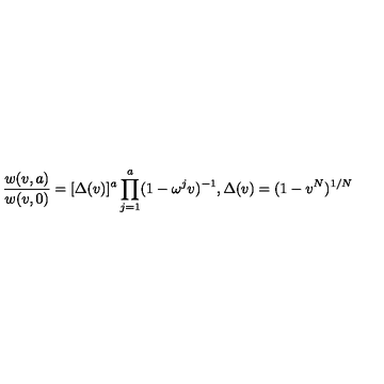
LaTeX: { \frac { w ( v , a ) } { w ( v , 0 ) } } = [ \Delta ( v ) ] ^ { a } \prod _ { j = 1 } ^ { a } ( 1 - \omega ^ { j } v ) ^ { - 1 } , { } \Delta ( v ) = ( 1 - v ^ { N } ) ^ { 1 / N }